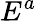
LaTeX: E^{a}